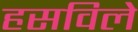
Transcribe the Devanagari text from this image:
हसविले